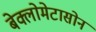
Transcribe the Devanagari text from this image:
बेक्लोमेटासोन